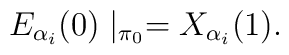
E_{\alpha_i} (0) \mid_{\pi_0} = X_{\alpha_i} (1).